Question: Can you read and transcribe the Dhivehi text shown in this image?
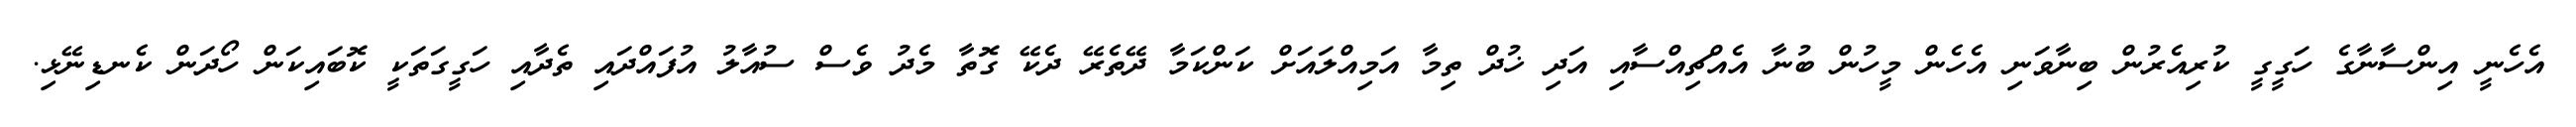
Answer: އެހެނީ އިންސާނާގެ ހަގީގީ ކުރިއެރުން ބިނާވަނި އެހެން މީހުން ބުނާ އެއްޗިއްސާއި އަދި ޚުދް ތިމާ އަމިއްލައަށް ކަންކަމާ ދޭތެރޭ ދެކޭ ގޮތާ މެދު ވެސް ސުއާލު އުފައްދައި ތެދާއި ހަގީގަތަކީ ކޮބައިކަން ހޯދަން ކެނޑިނޭޅި.